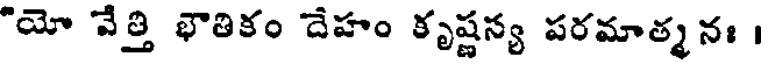
"యో వేత్తి భౌతికం దేహం కృష్ణన్య పరమాత్మనః ।